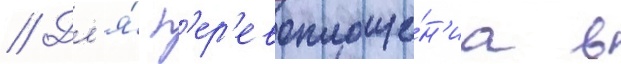
// Дл'я́ п'ер'евоплоще́н'иа в